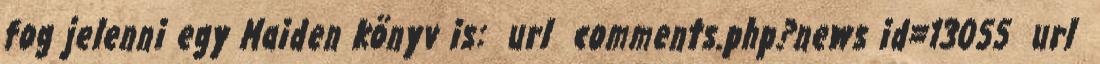
fog jelenni egy Maiden könyv is: url comments.php?news id=13055 url